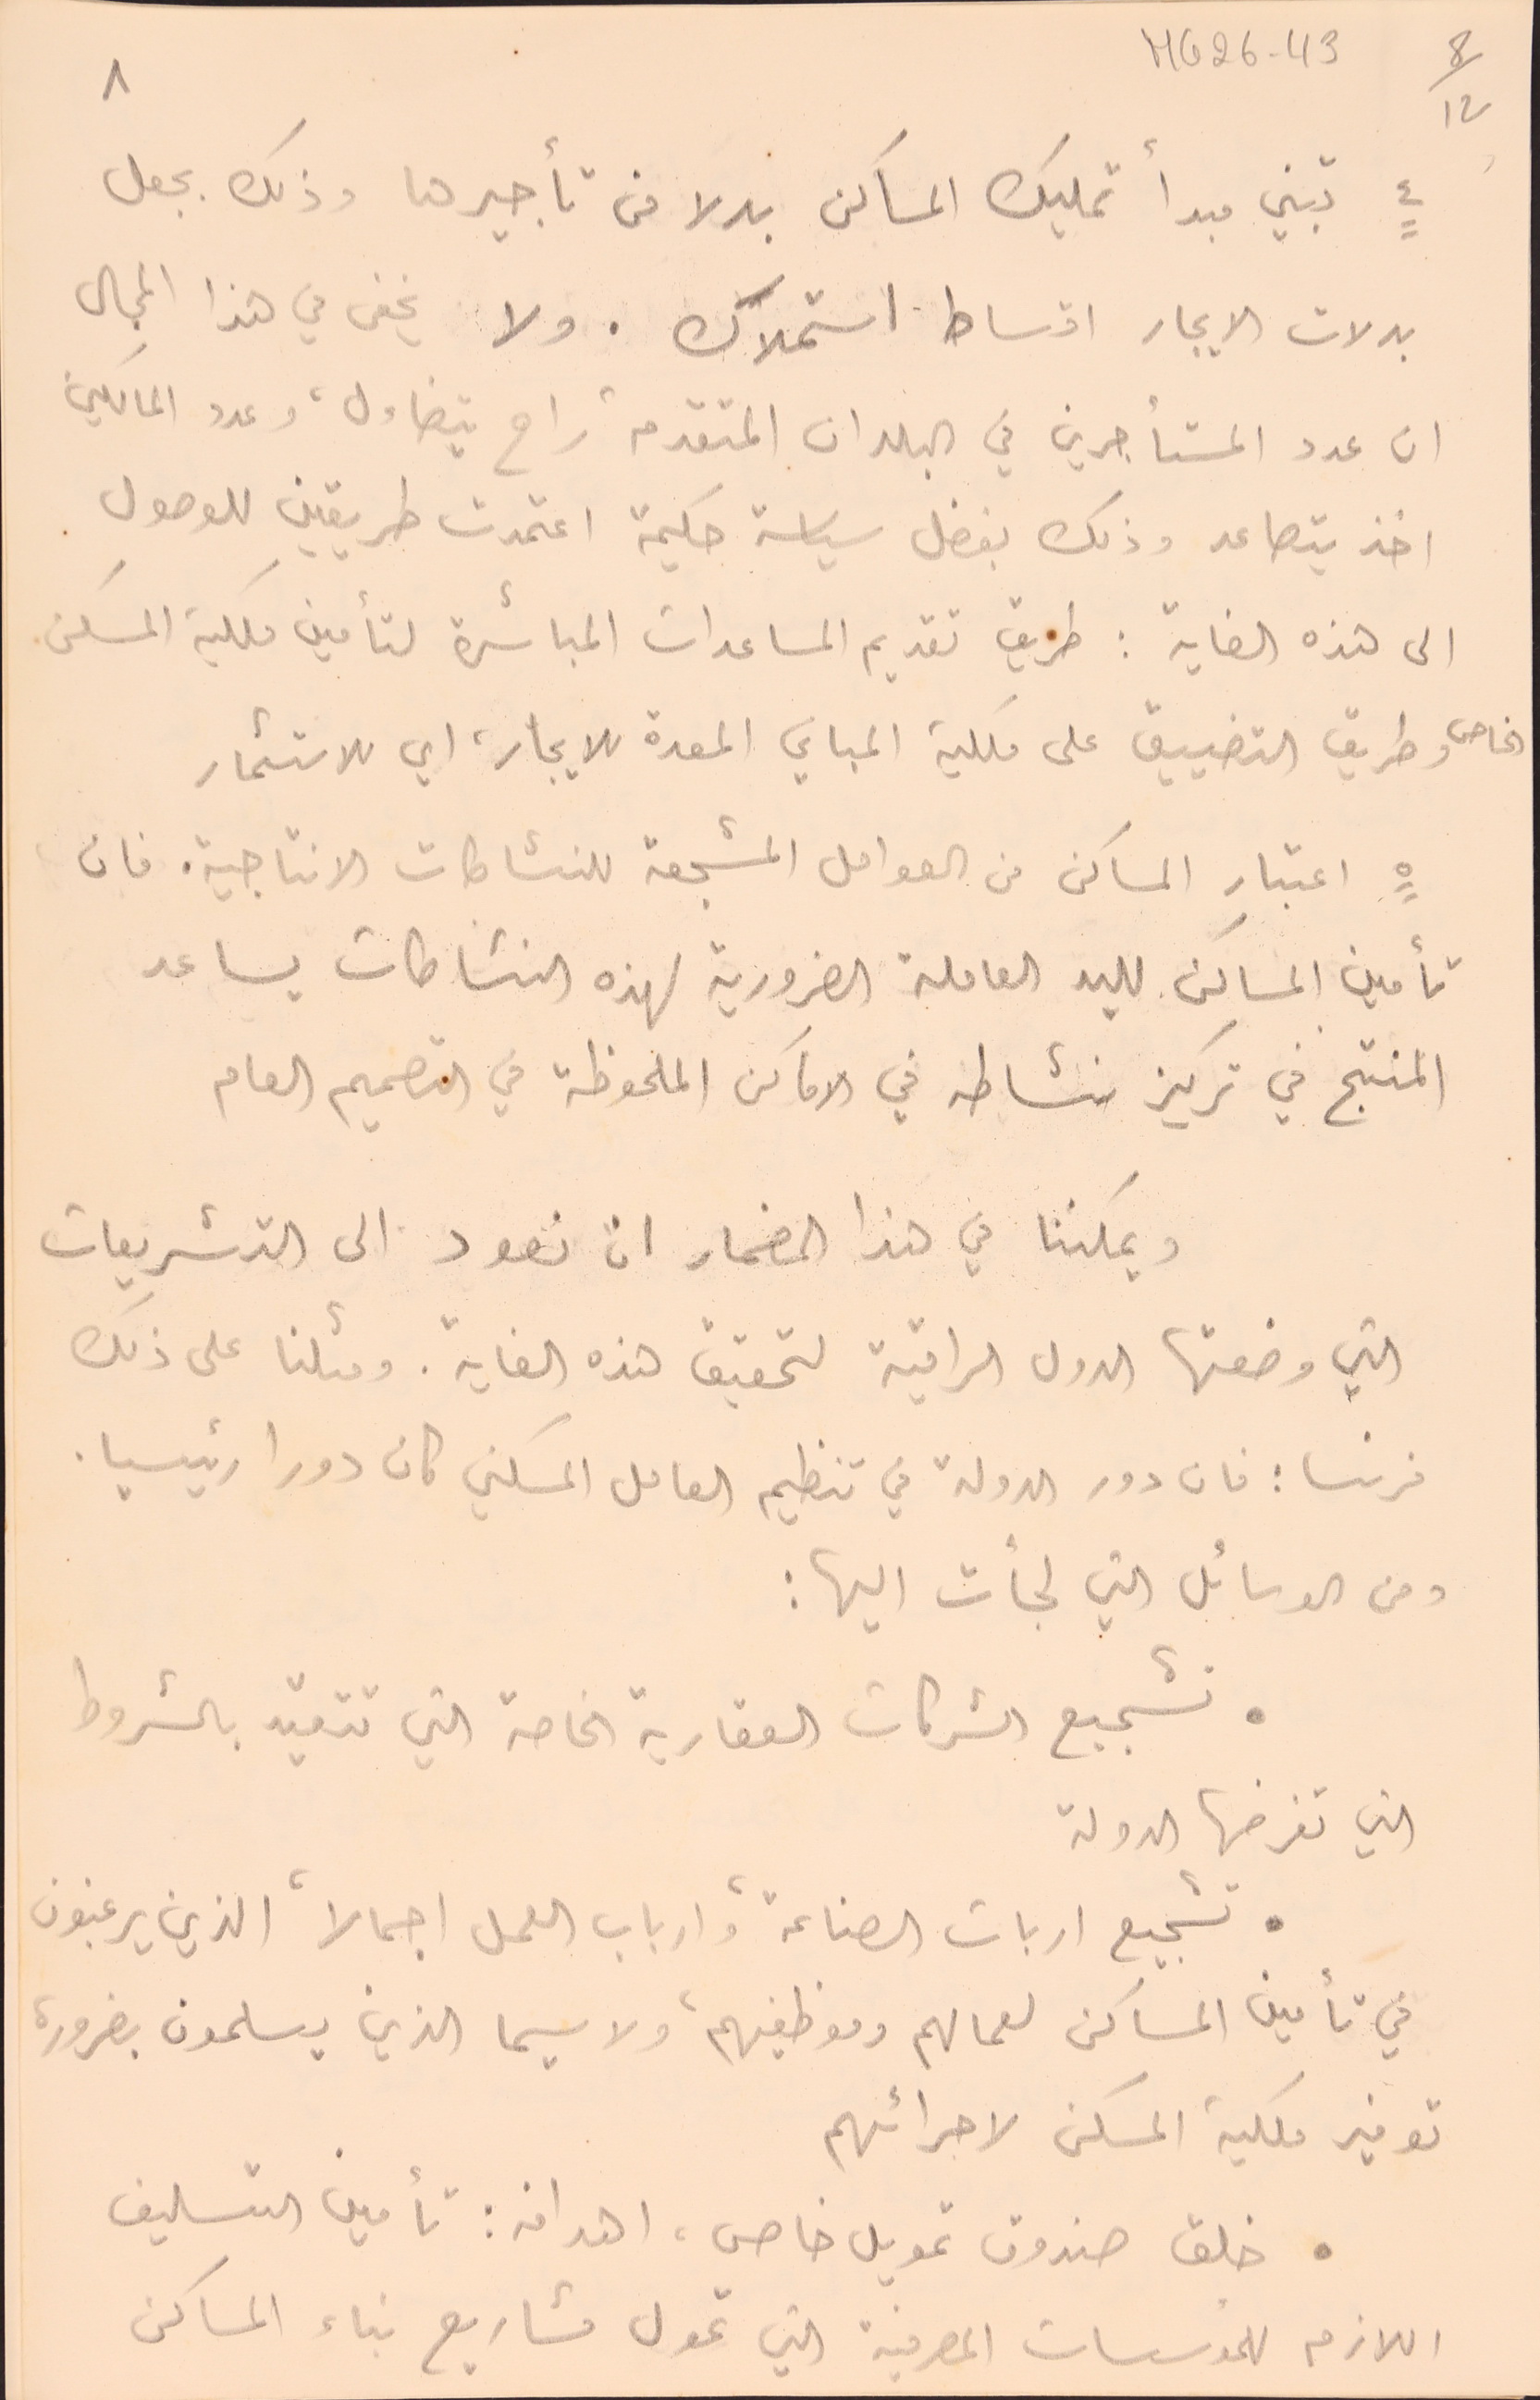
٤ تبني مبدأ تمليك المساكن بدلا من تأجيرها وذلك بجعل
بدلات الايجار اقساط استملاك. ولا يخفى في هذا المجال
ان عدد المستأجرين في البلدان المتقدمة راح يتضاءل، وعدد المالكين
اخذ يتصاعد وذلك بفضل سياسة حكيمة اعتمدت طريقين للوصول
الى هذه الغاية: طريق تقديم المساعدات المباشرة لتأمين ملكية المسكن
الخاص وطريق التضييق على ملكية المباني المعدة للايجار، اي للاستثمار
٥ اعتبار المساكن من العوامل المشجعة للنشاطات الانتاجية. فان
تأمين المساكن لليد العاملة الضرورية لهذه النشاطات يساعد
المنتج في تركيز نشاطه في الاماكن الملحوظة في التصميم العام
 ويمكننا في هذا المضمار ان نعود الى التشريعات
التي وضعتها الدول الراقية لتحقيق هذه الغاية. ومثلنا على ذلك
فرنسا : فان دور الدولة في تنظيم العامل السكني كان دورا رئيسيا.
ومن الوسائل التي لجأت اليها :
. تشجيع الشركات العقارية الخاصة التي تتقيد بالشروط
التي تفرضها الدولة
 تشجيع اربات الصناعة، وارباب العمل اجمالاً الذين يرغبون
في تأمين المساكن لعمالهم وموظفيهم، ولا سيما الذين يسلمون بضرورة
توفير ملكية المسكن لاجرائهم
. خلق صندوق تمويل خاص، اهدافه: تأمين التسليف
اللازم للمؤسسات المصرفية التي تمول مشاريع بناء المساكن
٨
MG26-43   8/12